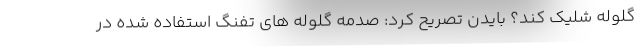
گلوله شلیک کند؟ بایدن تصریح کرد: صدمه گلوله های تفنگ استفاده شده در